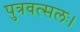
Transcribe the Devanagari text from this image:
पुत्रवत्सलः।